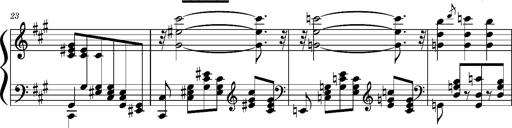
Title: Concerto sans orchestre, S.524a
Composer: Franz Liszt
Key: A major